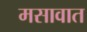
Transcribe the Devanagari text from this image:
मसावात